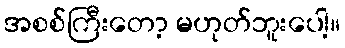
အစစ်ကြီးတော့ မဟုတ်ဘူးပေါ့။